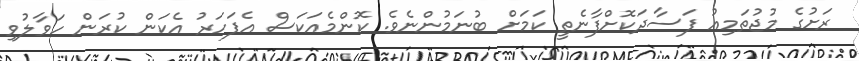
ރަށުގެ މުޖުތަމިއު ފަސާދަކޮށްފާނެތީ ކަމަށް ބުނަމުންނެވެ. ކޮންމެއަކަސް އެފަހަރު އެކަން ކުރަން ހަވާލުވި